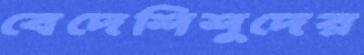
বেদেশিশুদের